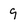
Character: 9